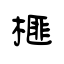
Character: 榧